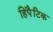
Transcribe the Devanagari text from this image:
हिपैटिक